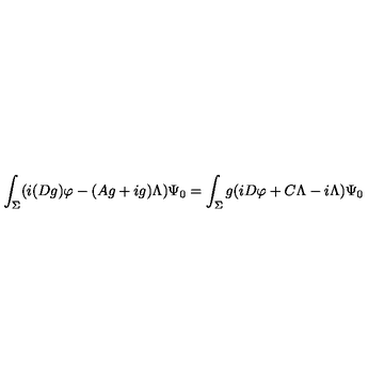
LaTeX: \int _ { \Sigma } ( i ( D g ) \varphi - ( A g + i g ) \Lambda ) \Psi _ { 0 } = \int _ { \Sigma } g ( i D \varphi + C \Lambda - i \Lambda ) \Psi _ { 0 }